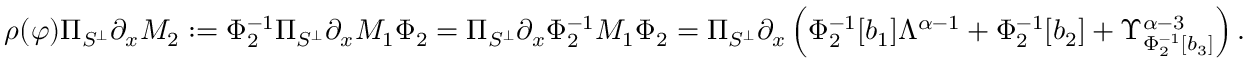
\begin{array} { r } { \rho ( \varphi ) \Pi _ { S ^ { \perp } } \partial _ { x } M _ { 2 } : = \Phi _ { 2 } ^ { - 1 } \Pi _ { S ^ { \perp } } \partial _ { x } M _ { 1 } \Phi _ { 2 } = \Pi _ { S ^ { \perp } } \partial _ { x } \Phi _ { 2 } ^ { - 1 } M _ { 1 } \Phi _ { 2 } = \Pi _ { S ^ { \perp } } \partial _ { x } \left( \Phi _ { 2 } ^ { - 1 } [ b _ { 1 } ] \Lambda ^ { \alpha - 1 } + \Phi _ { 2 } ^ { - 1 } [ b _ { 2 } ] + \Upsilon _ { \Phi _ { 2 } ^ { - 1 } [ b _ { 3 } ] } ^ { \alpha - 3 } \right) . } \end{array}